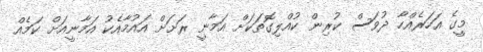
މީގެ އަހަރެއްހާ ދުވަސް ކުރިން ކުއްލިގޮތަކަށް އަމާނީ ރަށަށް އައުމާއެކު އަމާނީއަށް ކަމެއް